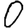
Digit: 0